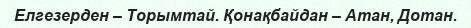
Елгезерден – Торымтай. Қонақбайдан – Атан, Дотан.